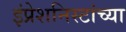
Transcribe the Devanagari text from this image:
इंप्रेशनिस्टांच्या